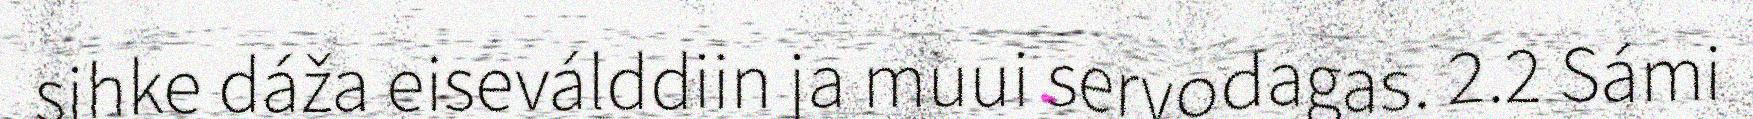
sihke dáža eiseválddiin ja muui servodagas. 2.2 Sámi